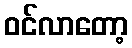
ဝင်လာတော့